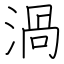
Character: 渦